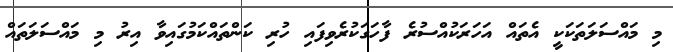
މި މައްސަލަތަކަކީ އެތައް އަހަރަކުއްސުރެ ފާހަގަކުރެވިފައި ހުރި ކަންތައްކަމުގައިވާ އިރު މި މައްސަލަތައް